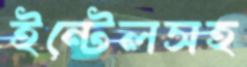
ইন্টেলসহ